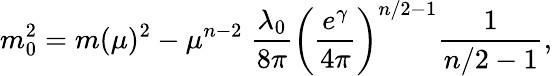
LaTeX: m_{0}^{2}=m(\mu)^{2}-\mu^{n-2}\; \frac{\lambda_{0}}{8\pi}\left(\frac{e^{\gamma}}{4\pi}\right)^{n/2-1}\frac{1}{n/2-1},